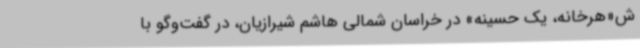
ش«هرخانه، یک حسینه» در خراسان شمالی هاشم شیرازیان، در گفت‌وگو با